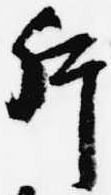
片